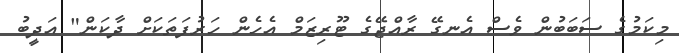
މިކަމުގެ ސަބަބުން ވެސް އެނގޭ ރާއްޖޭގެ ޓޫރިޒަމް އެހެން ހަރުފަތަކަށް ދާކަން" އަދީބު